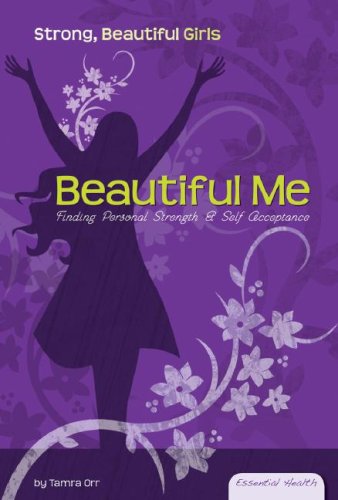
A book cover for Beautiful Me: Finding Personal Strength & Self Acceptance (Essential Health: Strong Beautiful Girls); Tamra Orr; Teen & Young Adult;